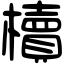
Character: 櫝